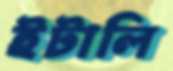
ইটালি